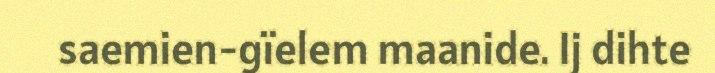
saemien-gïelem maanide. Ij dihte